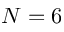
N = 6